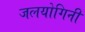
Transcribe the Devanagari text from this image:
जलयोगिनी